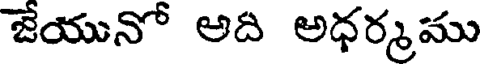
జేయునో అది అధర్మము